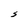
Character: S